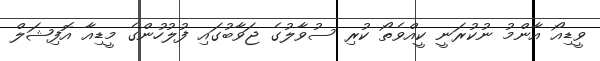
ވީޑިއޯ އާންމު ނުކުރަނީ ކީއްވެތޯ ކުރި ސުވާލުގެ ޖަވާބުގައި ފުލުހުންގެ މީޑިއާ އޮފިޝަލް